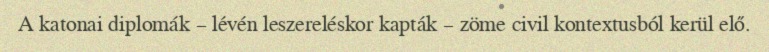
A katonai diplomák – lévén leszereléskor kapták – zöme civil kontextusból kerül elő.